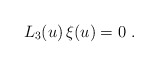
\begin{align*} L_3(u) \, \xi(u) = 0 \ . \end{align*}